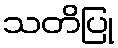
သတိပြု